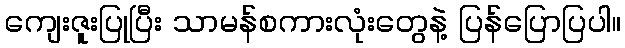
ကျေးဇူးပြုပြီး သာမန်စကားလုံးတွေနဲ့ ပြန်ပြောပြပါ။